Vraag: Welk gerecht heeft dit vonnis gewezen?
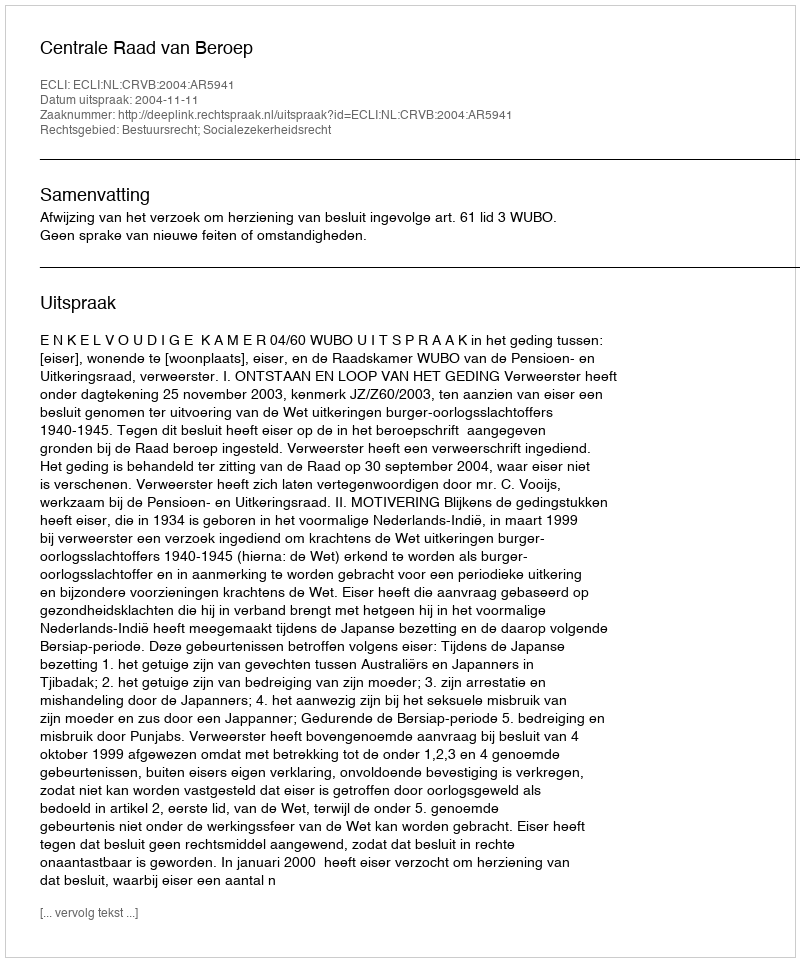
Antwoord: Centrale Raad van Beroep